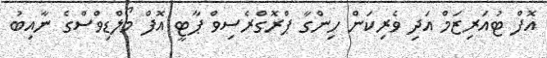
އޮފް ޓުއަރިޒަމް އަދި ވެރިކަން ހިންގާ ޕްރޮގްރެސިވް ޕާޓީ އޮފް މޯލްޑިވްސްގެ ނާއިބު